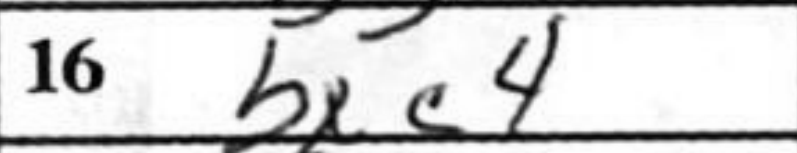
Transcription: bxc4